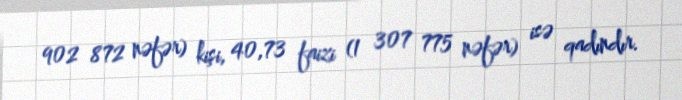
902 872 nəfər) kişi, 40,73 faizi (1 307 775 nəfər) isə qadındır.